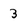
Character: 3